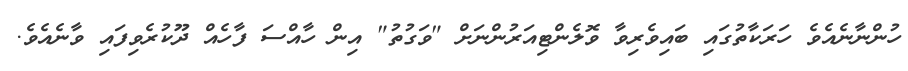
ހުންނާނެއެވެ ހަރަކާތުގައި ބައިވެރިވާ ވޮލެންޓިއަރުންނަށް "ވަގުތު" އިން ހާއްސަ ފާހެއް ދޫކުރެވިފައި ވާނެއެވެ.